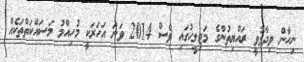
ނިހާން ވިދާޅުވީ ރައްޔިތުންގެ މަޖިލީހުގައި ވެސް 2014 ވަނަ އަހަރަކީ މުހިއްމު މަސައްކަތްތަކެއް